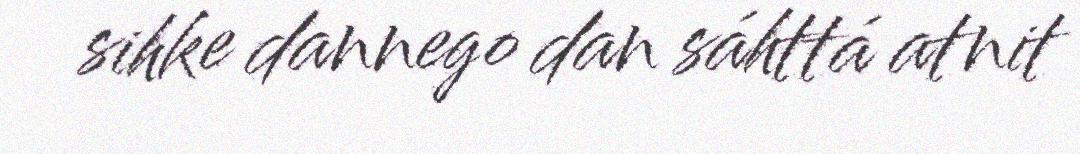
sihke dannego dan sáhttá atnit